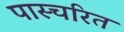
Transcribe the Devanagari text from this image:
पास्चरित